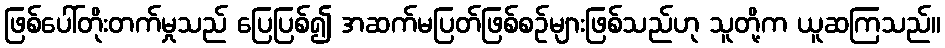
ဖြစ်ပေါ်တိုးတက်မှုသည် ပြေပြစ်၍ အဆက်မပြတ်ဖြစ်စဉ်များဖြစ်သည်ဟု သူတို့က ယူဆကြသည်။